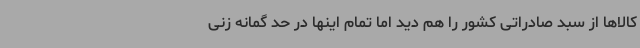
کالاها از سبد صادراتی کشور را هم دید اما تمام اینها در حد گمانه زنی